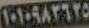
١٠١٠٩٨٣٦٢٥